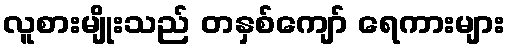
လူစားမျိုးသည် တနှစ်ကျော် ရေကားများ